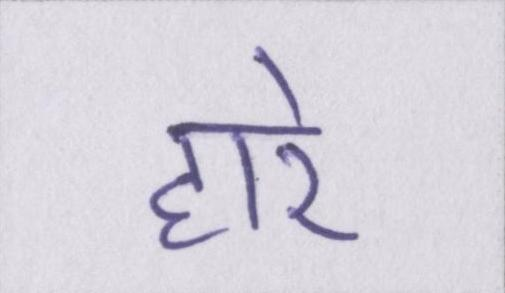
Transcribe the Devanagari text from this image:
हारे